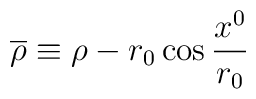
\overline{\rho}\equiv \rho - r_{0}\cos{\frac{x^{0}}{r_{0}}}